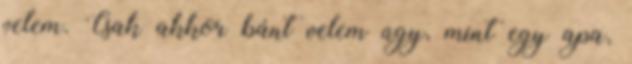
velem. Csak akkor bánt velem úgy, mint egy apa,